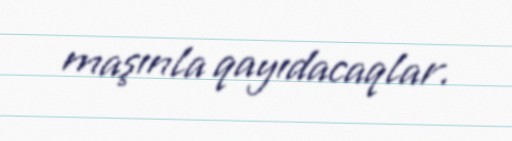
maşınla qayıdacaqlar.